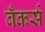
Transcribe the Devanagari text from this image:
बँकर्स